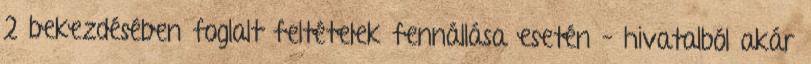
2 bekezdésében foglalt feltételek fennállása esetén – hivatalból akár